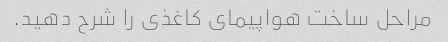
مراحل ساخت هواپیمای کاغذی را شرح دهید.